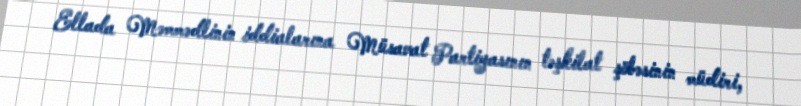
Ellada Məmmədlinin iddialarına Müsavat Partiyasının təşkilat şöbəsinin müdiri,